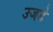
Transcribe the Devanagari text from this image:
उजडे